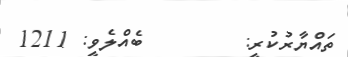
ތައްޔާރުކުރީ:        ބެއްލެވީ: 1211